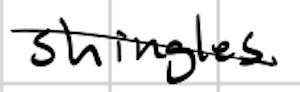
Text: shingles.
Cross-out: diagonal
Writing tool: digital_black